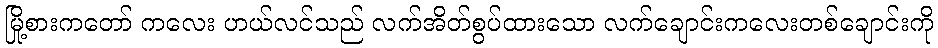
မြို့စားကတော် ကလေး ဟယ်လင်သည် လက်အိတ်စွပ်ထားသော လက်ချောင်းကလေးတစ်ချောင်းကို